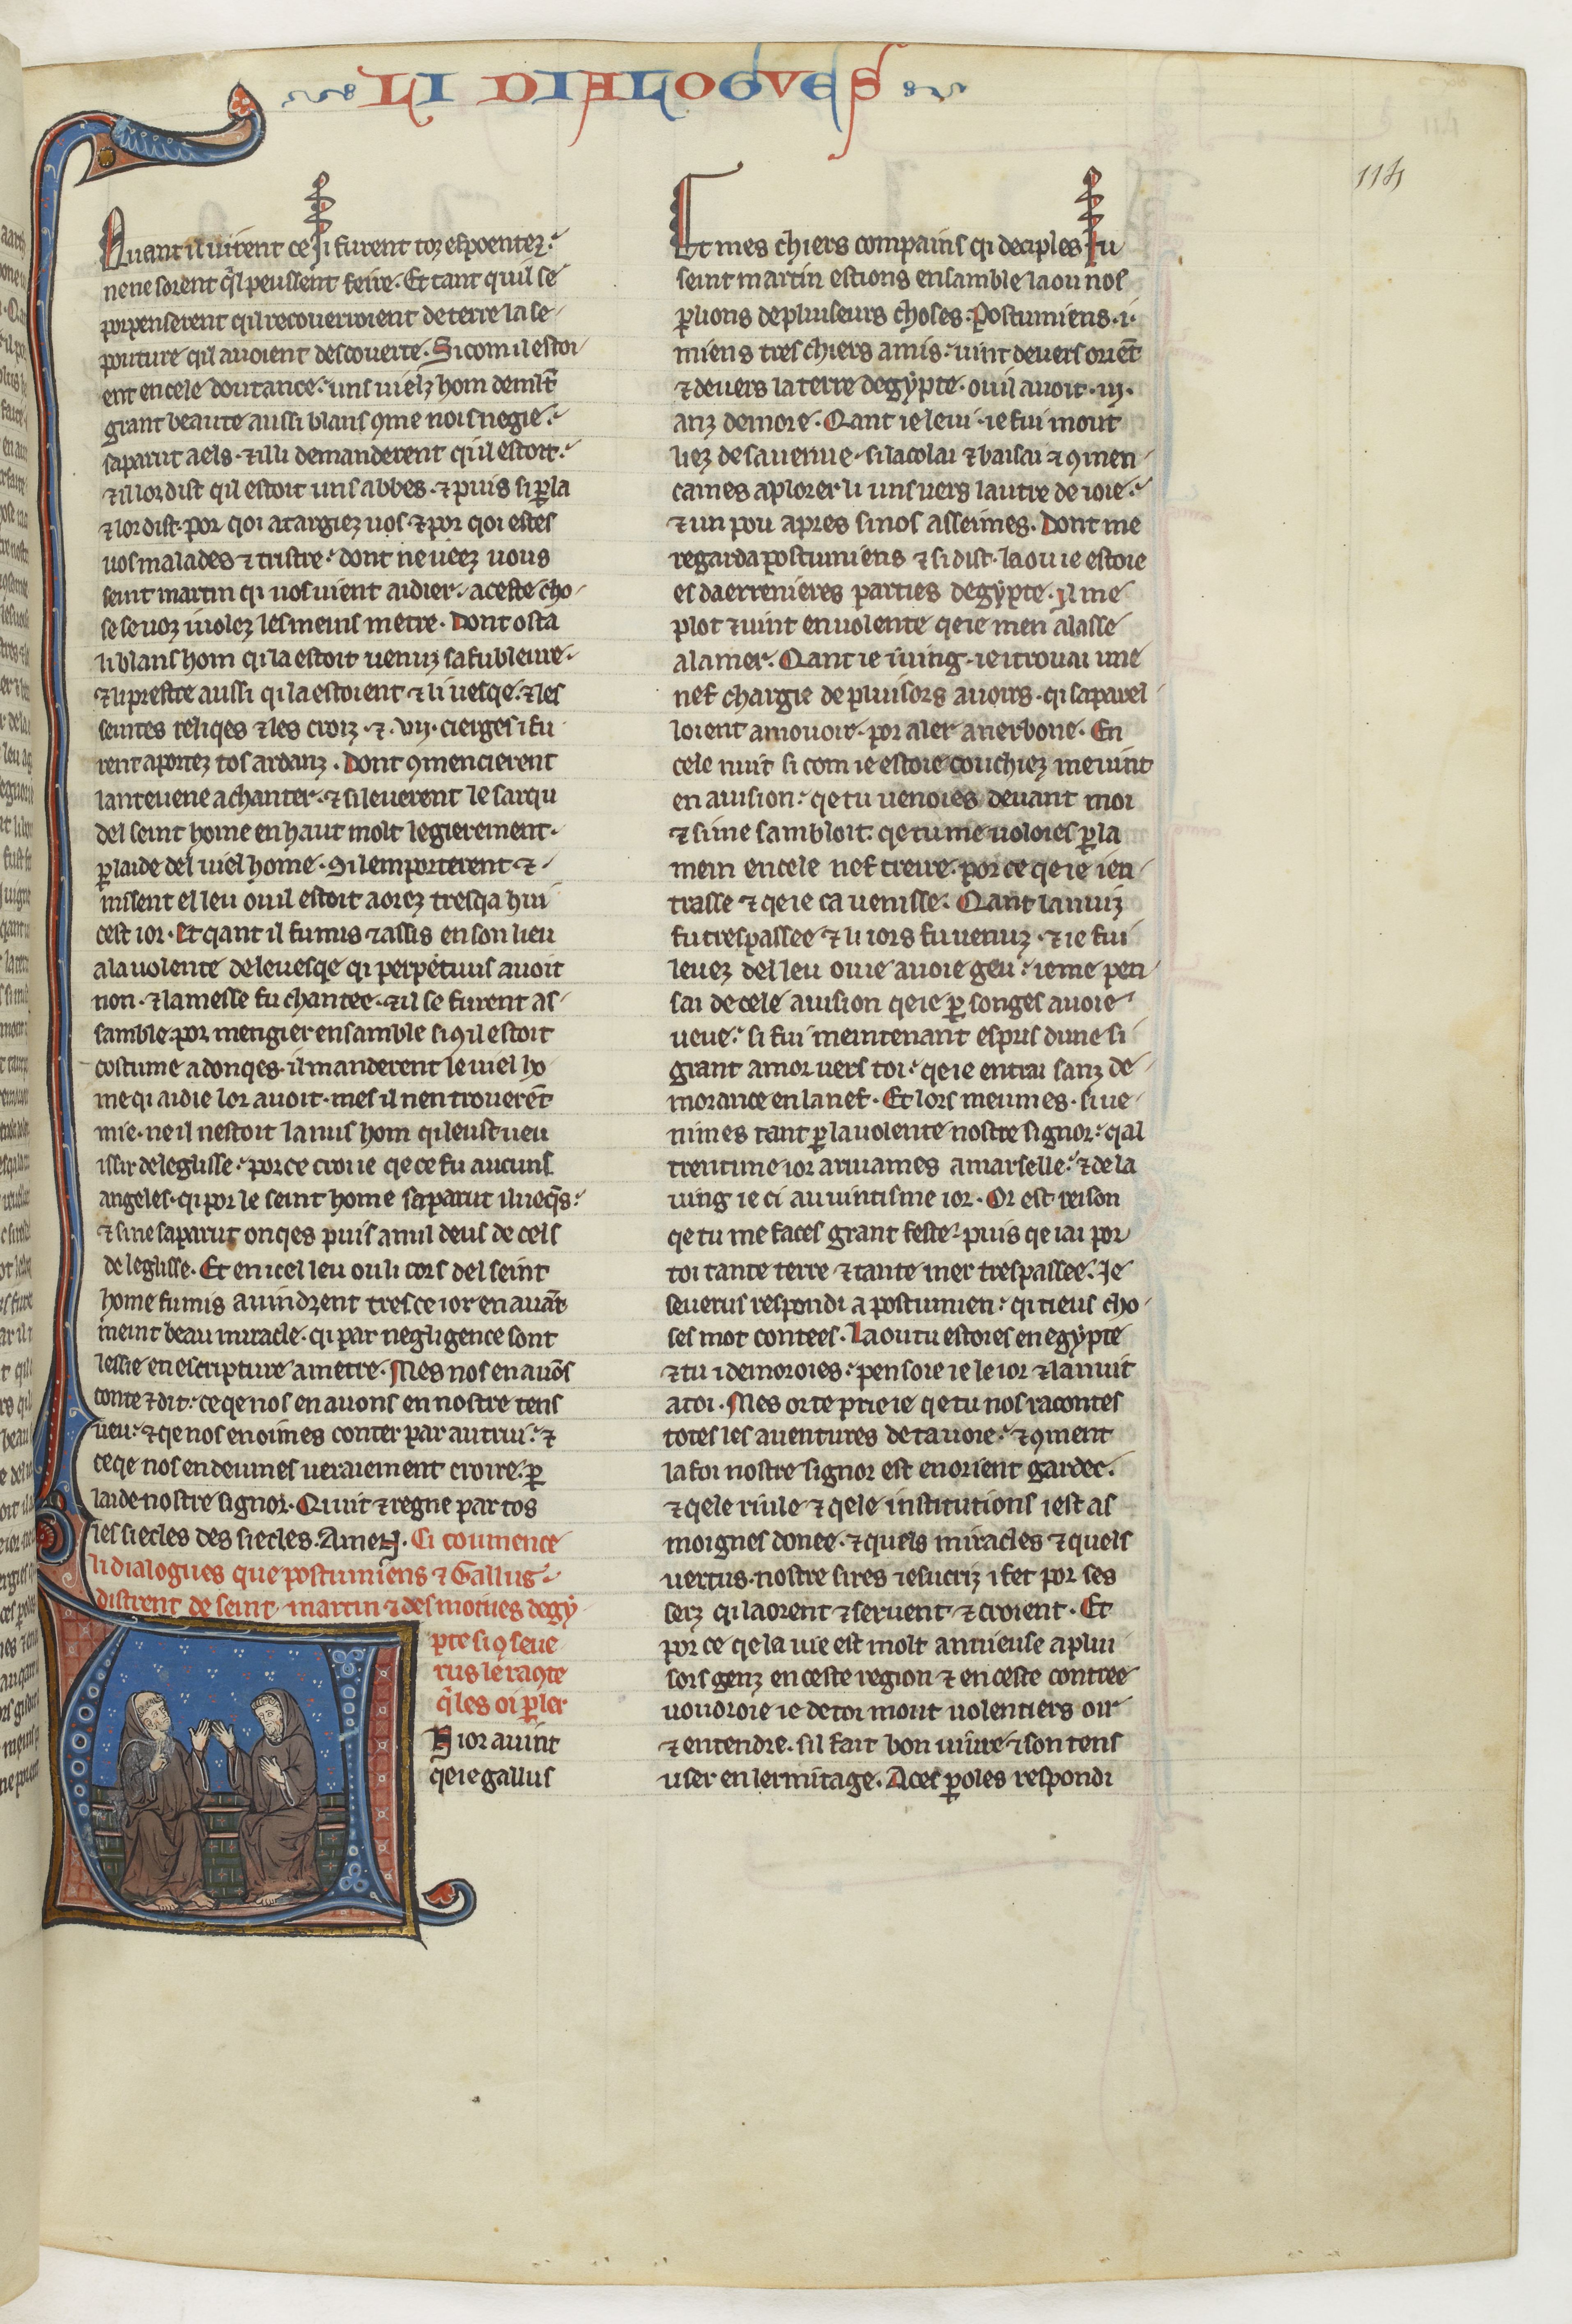
Shelfmark: Paris, BnF, fr. 412
Century: 13